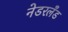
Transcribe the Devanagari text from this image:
नेडरलँड